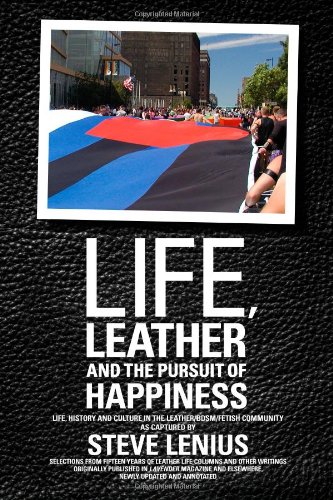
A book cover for Life, Leather and the Pursuit of Happiness: Life, history and culture in the leather/BDSM/fetish community; Steve Lenius; Gay & Lesbian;